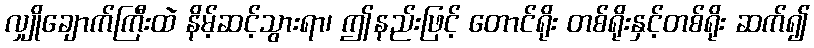
လျှိုချောက်ကြီးထဲ နိမ့်ဆင့်သွားရာ၊ ဤနည်းဖြင့် တောင်ရိုး တစ်ရိုးနှင့်တစ်ရိုး ဆက်၍